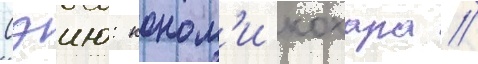
Сэию: коном'и кохара //